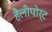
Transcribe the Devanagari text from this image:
हैलीपोर्ट